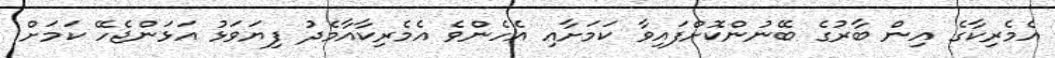
އެމެރިކާގެ އިން ބާރުގެ ބޭނުންކޮށްފައިވާ ކަމަށާއި އެހެންވެ އެމެރިކާއާމެދު ފިޔަވަޅު އަޅަންޖެހޭ ކަމަށް